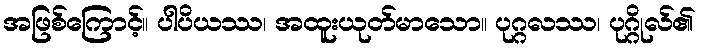
အဖြစ်ကြောင့်။ ပါပိယဿ၊ အထူးယုတ်မာသော။ ပုဂ္ဂလဿ၊ ပုဂ္ဂိုလ်၏